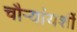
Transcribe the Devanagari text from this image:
चौऱ्यांयशीं